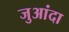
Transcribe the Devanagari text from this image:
जुआंदा